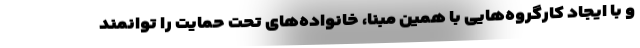
و با ایجاد کارگروه‌هایی با همین مبنا، خانواده‌های تحت حمایت را توانمند